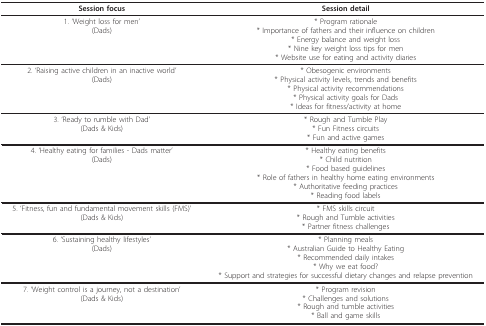
<table><thead><tr><td><b>Session focus</b></td><td><b>Session detail</b></td></tr></thead><tbody><tr><td>1. &#x27;Weight loss for men&#x27;(Dads)</td><td>* Program rationale* Importance of fathers and their influence on children* Energy balance and weight loss* Nine key weight loss tips for men* Website use for eating and activity diaries</td></tr><tr><td>2. &#x27;Raising active children in an inactive world&#x27;(Dads)</td><td>* Obesogenic environments* Physical activity levels, trends and benefits* Physical activity recommendations* Physical activity goals for Dads* Ideas for fitness/activity at home</td></tr><tr><td>3. &#x27;Ready to rumble with Dad&#x27;(Dads &amp; Kids)</td><td>* Rough and Tumble Play* Fun Fitness circuits* Fun and active games</td></tr><tr><td>4. &#x27;Healthy eating for families - Dads matter&#x27;(Dads)</td><td>* Healthy eating benefits* Child nutrition* Food based guidelines* Role of fathers in healthy home eating environments* Authoritative feeding practices* Reading food labels</td></tr><tr><td>5. &#x27;Fitness, fun and fundamental movement skills (FMS)&#x27;(Dads &amp; Kids)</td><td>* FMS skills circuit* Rough and Tumble activities* Partner fitness challenges</td></tr><tr><td>6. &#x27;Sustaining healthy lifestyles&#x27;(Dads)</td><td>* Planning meals* Australian Guide to Healthy Eating* Recommended daily intakes* Why we eat food?* Support and strategies for successful dietary changes and relapse prevention</td></tr><tr><td>7. &#x27;Weight control is a journey, not a destination&#x27;(Dads &amp; Kids)</td><td>* Program revision* Challenges and solutions* Rough and tumble activities* Ball and game skills</td></tr></tbody></table>